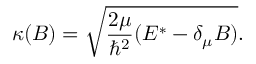
\kappa ( B ) = \sqrt { \frac { 2 \mu } { \hbar ^ { 2 } } ( E ^ { * } - \delta _ { \mu } B ) } .